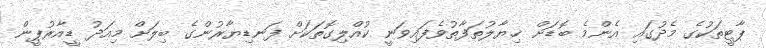
ޕާޓީތަކުގެ މެދުގައި އެންމެ ބޮޑަށް ޚިޔާލުތަފާތުވެފައިވަނީ ކުއްލިގޮތަކަށް ފަނޑިޔާރުންގެ ބިލަށް މިއަދު ޑީއާރުޕީން